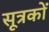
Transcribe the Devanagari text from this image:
सूत्रकों